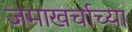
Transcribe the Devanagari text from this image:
जमाखर्चाच्या